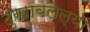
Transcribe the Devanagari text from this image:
दुखावलेल्या